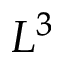
L ^ { 3 }